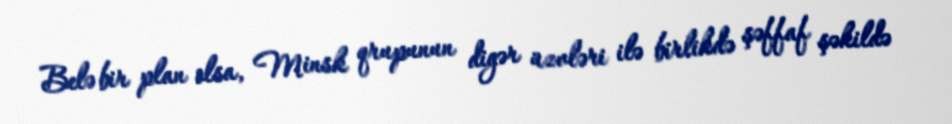
Belə bir plan olsa, Minsk qrupunun digər üzvləri ilə birlikdə şəffaf şəkildə